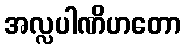
အလ္လပါဏိဟတော